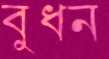
বুধন